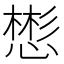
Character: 𪬟